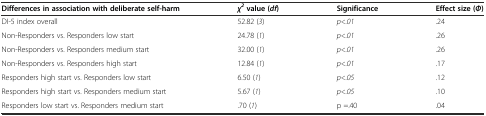
| Differences in association with deliberate self-harm | χ2value (df) | Significance | Effect size (Φ) |
 | --- | --- | --- | --- |
 | DI-5 index overall | 52.82 (3) | p<.01 | .24 |
 | Non-Responders vs. Responders low start | 24.78 (1) | p<.01 | .26 |
 | Non-Responders vs. Responders medium start | 32.00 (1) | p<.01 | .26 |
 | Non-Responders vs. Responders high start | 12.84 (1) | p<.01 | .17 |
 | Responders high start vs. Responders low start | 6.50 (1) | p<.05 | .12 |
 | Responders high start vs. Responders medium start | 5.67 (1) | p<.05 | .10 |
 | Responders low start vs. Responders medium start | .70 (1) | p =.40 | .04 |